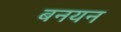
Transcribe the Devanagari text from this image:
बनयन